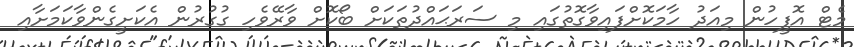
މެޓް އޮފީހުން މިއަދު ހާމަކޮށްފައިވާގޮތުގައި މި ސަރަޙައްދުތަކަށް ބޯކޮށް ވާރޭވެހި ގުގުރުން އެކަށީގެންވާކަމަށާއި